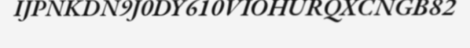
IJPNKDN9J0DY610VIOHURQXCNGB82